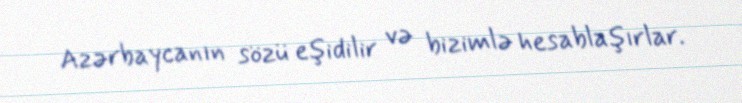
Azərbaycanın sözü eşidilir və bizimlə hesablaşırlar.